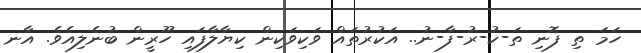
ހަމަ ތި ފޮނި ތަ-ކު-ރު-ފާ-ނު.. އަކުރުތައް ވަކިވަކިން ކިޔާލާފައި ހޫރީން ބުނެލިއެވެ. އާނ